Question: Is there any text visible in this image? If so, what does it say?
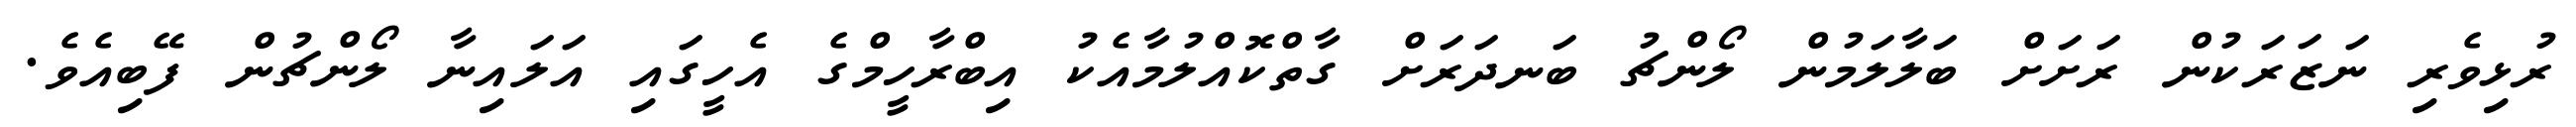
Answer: ރުޅިވެރި ނަޒަރަކުން ރަށަށް ބަލާލަމުން ލޯންޗު ބަނދަރަށް ގާތްކޮއްލުމާއެކު އިބްރާހީމްގެ އެހީގައި އަލައިނާ ލޯންޗުން ފޭބިއެވެ.